Indian journal of veterinary science and animal husbandry - Volumes 26-27, 1956-1957
Year: 1956
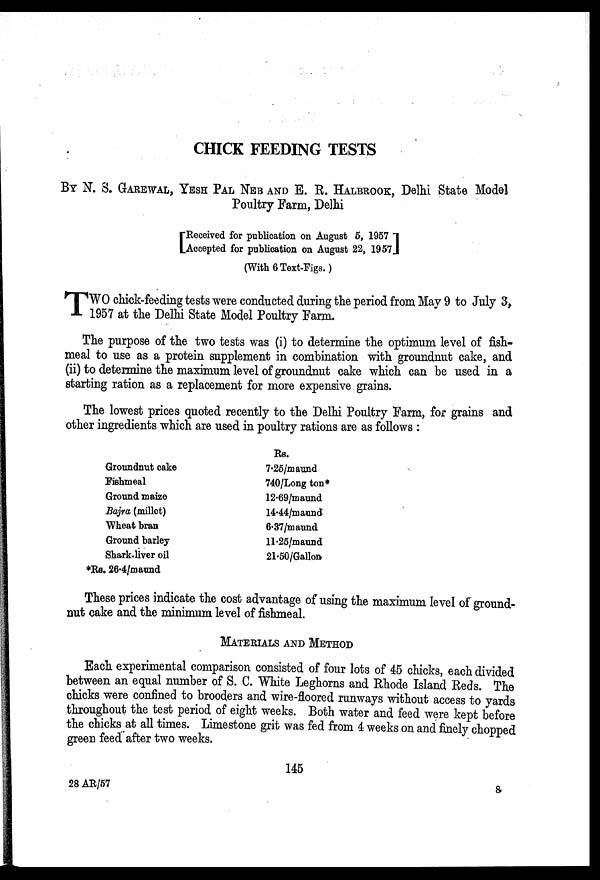
CHICK FEEDING TESTS
BY N. S. GAREWAL, YESH PAL NEB AND E. R. HALBROOK, Delhi State Model
Poultry Farm, Delhi
[ Received for publication on August 5, 1957
Accepted for publication on August 22, 1957]
(With 6 Text-Figs.)
T WO chick-feeding tests were conducted during the period from May 9 to July 3,
1957 at the Delhi State Model Poultry Farm.
The purpose of the two tests was (i) to determine the optimum level of fish-
meal to use as a protein supplement in combination with groundnut cake, and
(ii) to determine the maximum level of groundnut cake which can be used in a
starting ration as a replacement for more expensive grains.
The lowest prices quoted recently to the Delhi Poultry Farm, for grains and
other ingredients which are used in poultry rations are as follows:
Groundnut cake
Fishmeal
Ground maize
Bajra (millet)
Wheat bran
Ground barley
Shark-liver oil
*Rs. 26.4/maund
Rs.
7.25/maund
740/Long ton*
12.69/maund
14.44/maund
6.37/maund
11.25/maund
21.50/Gallon
These prices indicate the cost advantage of using the maximum level of ground-
nut cake and the minimum level of fishmeal.
MATERIALS AND METHOD
Each experimental comparison consisted of four lots of 45 chicks, each divided
between an equal number of S. C. White Leghorns and Rhode Island Reds. The
chicks were confined to brooders and wire-floored runways without access to yards
throughout the test period of eight weeks. Both water and feed were kept before
the chicks at all times. Limestone grit was fed from 4 weeks on and finely chopped
green feed after two weeks.
145
28 AR/57
8